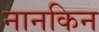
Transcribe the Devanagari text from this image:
नानकिन